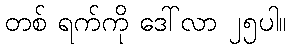
တစ် ရက်ကို ဒေါ်လာ ၂၅ပါ။